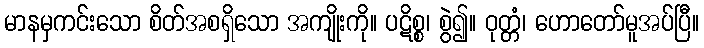
မာနမှကင်းသော စိတ်အစရှိသော အကျိုးကို။ ပဋိစ္စ၊ စွဲ၍။ ဝုတ္တံ၊ ဟောတော်မူအပ်ပြီ။